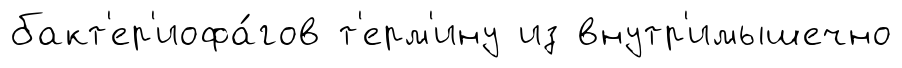
бакт'ер'иофа́гов т'ерм'ину из внутр'имышечно